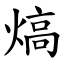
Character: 熇